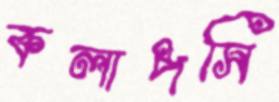
কলাপসি